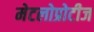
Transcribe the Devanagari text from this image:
मेटलोप्रोटीज